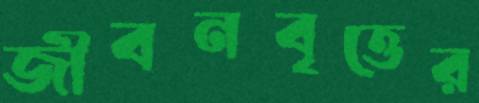
জীবনবৃত্তের